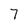
Character: 7